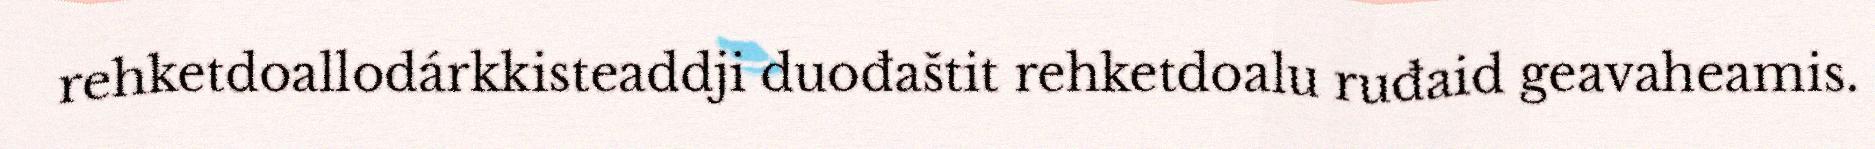
rehketdoallodárkkisteaddji duođaštit rehketdoalu ruđaid geavaheamis.